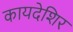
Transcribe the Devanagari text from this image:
कायदेशिर